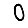
Digit: 0